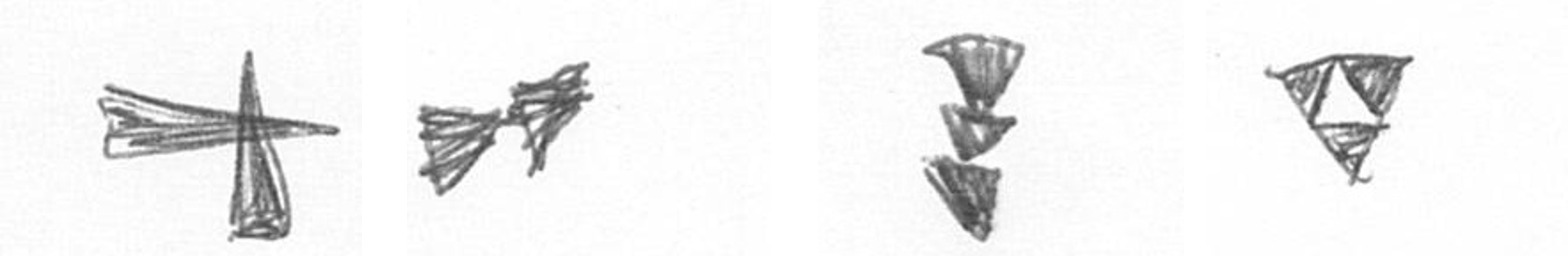
G A E S